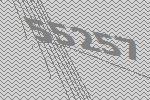
55257